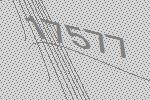
17577